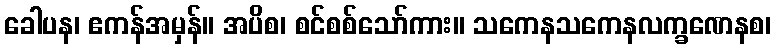
ခေါပန၊ ဧကန်အမှန်။ အပိစ၊ စင်စစ်သော်ကား။ သကေနသကေနလက္ခဏေနစ၊